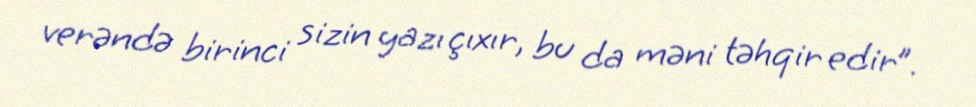
verəndə birinci sizin yazı çıxır, bu da məni təhqir edir”.